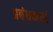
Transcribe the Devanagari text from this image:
प्रबंधकर्त्ता